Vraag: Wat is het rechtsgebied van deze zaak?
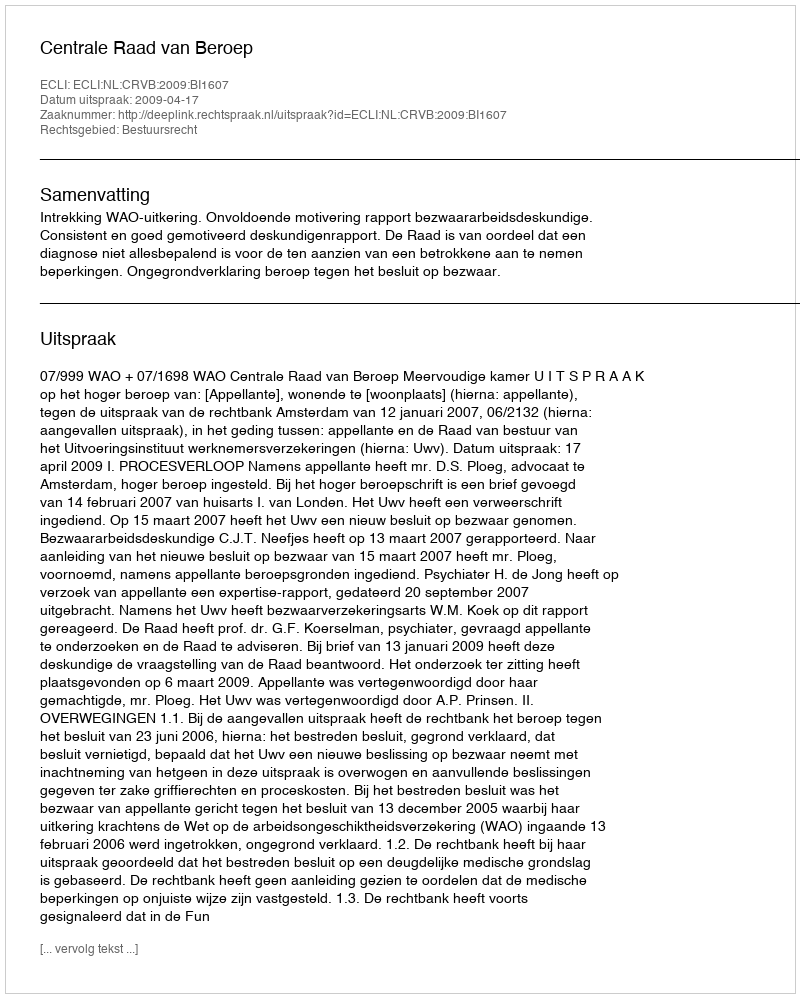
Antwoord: Bestuursrecht